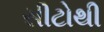
સીટોથી